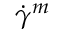
{ \dot { \gamma } } ^ { m }